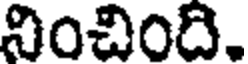
నించింది.